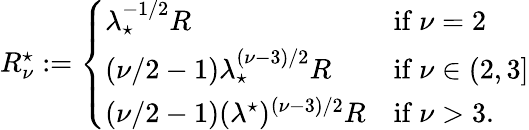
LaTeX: \begin{array}{r}{R_{\nu}^{\star}:=\left\{ \begin{array}{ll}{\lambda_{\star}^{-1/2}R}&{\mathrm{if~}\nu=2}\\ {(\nu/2-1)\lambda_{\star}^{(\nu-3)/2}R}&{\mathrm{if~}\nu\in(2,3]}\\ {(\nu/2-1)(\lambda^{\star})^{(\nu-3)/2}R}&{\mathrm{if~}\nu>3.}\end{array}\right.}\end{array}